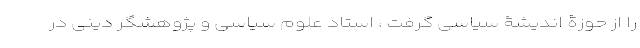
را از حوزۀ اندیشۀ سیاسی گرفت ، استاد علوم سیاسی و پژوهشگر دینی در